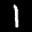
Digit: 1